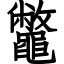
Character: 鼈